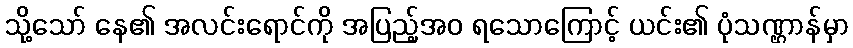
သို့သော် နေ၏ အလင်းရောင်ကို အပြည့်အဝ ရသောကြောင့် ယင်း၏ ပုံသဏ္ဌာန်မှာ